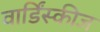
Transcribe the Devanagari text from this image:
वार्डिंस्कीज